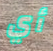
أي